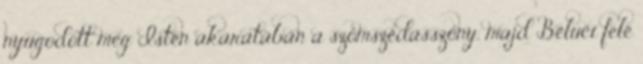
nyugodott meg Isten akaratában a szomszédasszony, majd Béluci felé